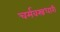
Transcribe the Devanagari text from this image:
चर्मवस्त्रधारी